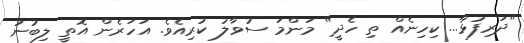
"ދަރިފުޅާ... ކިހިނެއް ތި ހެދީ" މަންމަ ސުވާލު ކުރިއެވެ. އަހަރެން އޮތީ ލިބުނު